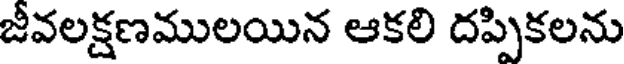
జీవలక్షణములయిన ఆకలి దప్పికలను